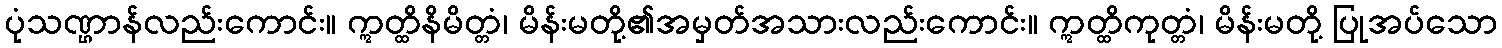
ပုံသဏ္ဌာန်လည်းကောင်း။ ဣတ္ထိနိမိတ္တံ၊ မိန်းမတို့၏အမှတ်အသားလည်းကောင်း။ ဣတ္ထိကုတ္တံ၊ မိန်းမတို့ ပြုအပ်သော